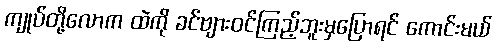
ကျုပ်တို့လောက ထဲကို ခင်ဗျားဝင်ကြည့်ဘူးမှပြောရင် ကောင်းမယ်